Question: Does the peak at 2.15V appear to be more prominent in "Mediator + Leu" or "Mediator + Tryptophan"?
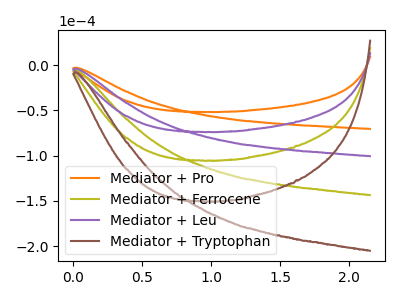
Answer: <think>The orange curve "Mediator + Pro" has no peaks. The olive curve "Mediator + Ferrocene" has no peaks. The purple curve "Mediator + Leu" has no peaks. The brown curve "Mediator + Tryptophan" has no peaks.</think>
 <answer>"Mediator + Leu" and "Mediator + Tryptophan" dont share a peak at 2.15V.</answer>
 <eval>mismatch</eval>